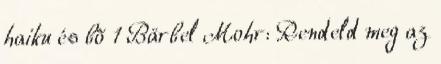
haiku és bõ 1 Bärbel Mohr: Rendeld meg az